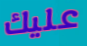
عليك